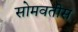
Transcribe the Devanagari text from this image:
सोमवतीस